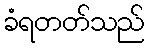
ခံရတတ်သည်